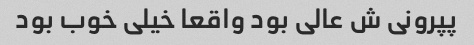
پپرونی ش عالی بود واقعا خیلی خوب بود